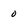
Character: 0